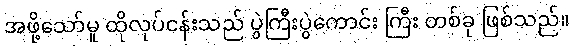
အဖို့သော်မူ ထိုလုပ်ငန်းသည် ပွဲကြီးပွဲကောင်း ကြီး တစ်ခု ဖြစ်သည်။